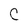
Character: C